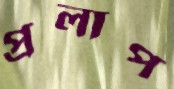
প্রলাপ